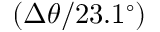
( \Delta \theta / 2 3 . 1 ^ { \circ } )